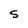
Character: S